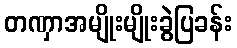
တဏှာအမျိုးမျိုးခွဲပြခန်း